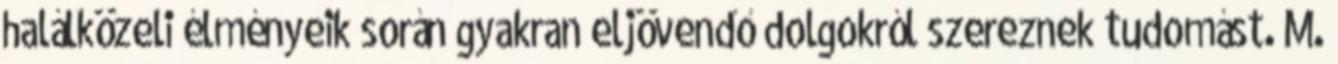
halálközeli élményeik során gyakran eljövendő dolgokról szereznek tudomást. M.